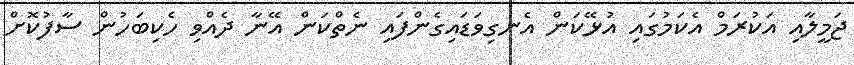
ޖަމީލާއި އަކުރަމް އެކަމުގައި އުޅޭކަން އެނގިވަޑައިގެންފައި ނެތްކަން އޭނާ ދެއްވި ހެކިބަހުން ސާފުކޮށް